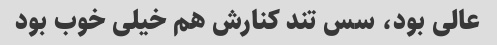
عالی بود، سس تند کنارش هم خیلی خوب بود